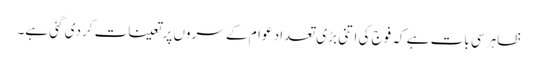
ظاہر سی بات ہے کہ فوج کی اتنی بڑی تعداد عوام کے سروں پر تعینات کردی گئی ہے۔